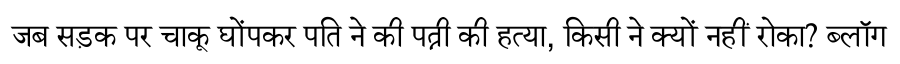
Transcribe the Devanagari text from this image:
जब सड़क पर चाकू घोंपकर पति ने की पत्नी की हत्या, किसी ने क्यों नहीं रोका? ब्लॉग